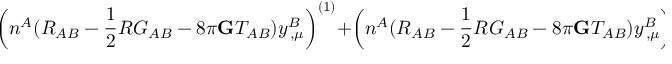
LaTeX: \left( n ^ { A } ( { \cal R } _ { A B } - \frac { 1 } { 2 } { \cal R } G _ { A B } - 8 \pi { \bf G } { \cal T } _ { A B } ) y _ { \, , \mu } ^ { B } \right) ^ { ( 1 ) } + \left( n ^ { A } ( { \cal R } _ { A B } - \frac { 1 } { 2 } { \cal R } G _ { A B } - 8 \pi { \bf G } { \cal T } _ { A B } ) y _ { \, , \mu } ^ { B } \right) ^ { ( 2 ) } = 0 ~ .